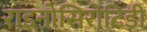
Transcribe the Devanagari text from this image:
राइनोसिरोटिडी